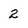
Character: 2